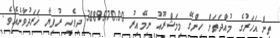
ތިން އަހަރުގެ މުއްދަތަށް ހިންގޭ މިމަޝްރޫއު ނިމޭއިރު 3889570.00 ދިވެހި ރުފިޔާ ޚަރަދުވާނެއެވެ.